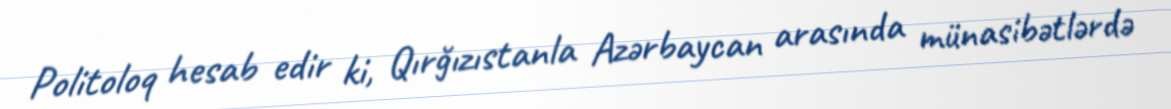
Politoloq hesab edir ki, Qırğızıstanla Azərbaycan arasında münasibətlərdə